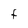
Character: F